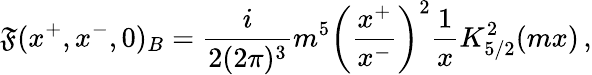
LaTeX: \mathfrak{F}(x^{+},x^{-},0)_{B}=\frac{{i}}{{2(2\pi)^{3}}}m^{5}\left(\frac{{x^{+}}}{{x^{-}}}\right)^{2}\frac{{1}}{{x}}K_{5/2}^{2}(mx)\, ,